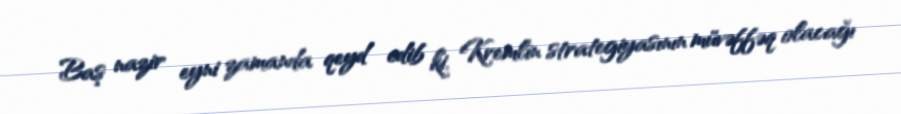
Baş nazir eyni zamanda qeyd edib ki, Kremlin strategiyasının müvəffəq olacağı